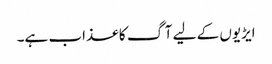
ایڑیوں کے لیے آگ کا عذاب ہے۔